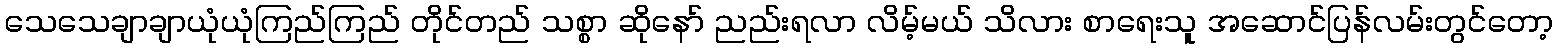
သေသေချာချာယုံယုံကြည်ကြည် တိုင်တည် သစ္စာ ဆိုနော် ညည်းရလာ လိမ့်မယ် သိလား စာရေးသူ အဆောင်ပြန်လမ်းတွင်တော့